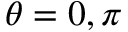
\theta = 0 , \pi